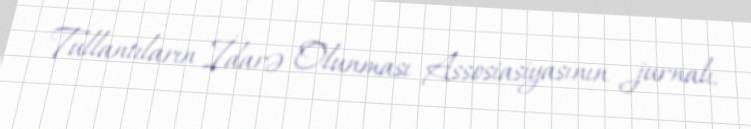
Tullantıların İdarə Olunması Assosiasiyasının jurnalı.